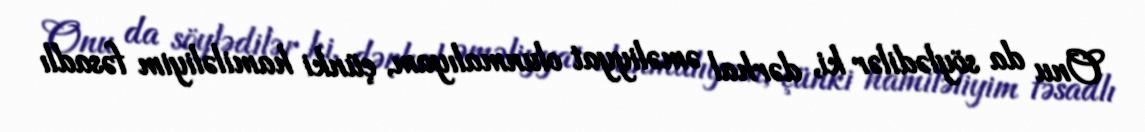
Onu da söylədilər ki, dərhal əməliyyat olunmalıyam, çünki hamiləliyim fəsadlı